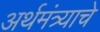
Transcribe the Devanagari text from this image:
अर्थमंत्र्याचे